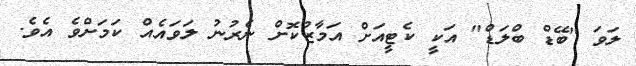
ލަވަ "ބޭޑް ބްލަޑް" އަކީ ކެޓީއަށް އަމާޒުކޮށް ނެރުނު ލަވައެއް ކަމަށްވެ އެވެ.